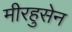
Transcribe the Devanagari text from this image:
मीरहुसेन